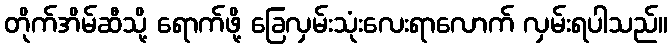
တိုက်အိမ်ဆီသို့ ရောက်ဖို့ ခြေလှမ်းသုံးလေးရာလောက် လှမ်းရပါသည်။